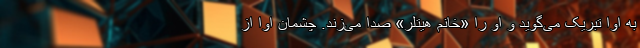
به اِوا تبریک می‌گوید و او را «خانم هیتلر» صدا می‌زند. چشمان اوا از